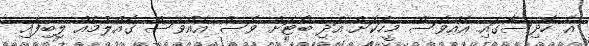
އެ ހާދިސާގައި އެއްވެސް މީހަކަށް އަދި ބޯޓަށް ވެސް އެއްވެސް ގެއްލުމެއް ލިބިފައި